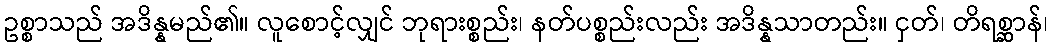
ဥစ္စာသည် အဒိန္နမည်၏။ လူစောင့်လျှင် ဘုရားစ္စည်း၊ နတ်ပစ္စည်းလည်း အဒိန္နသာတည်း။ ငှတ်၊ တိရစ္ဆာန်၊